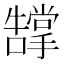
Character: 𭣂